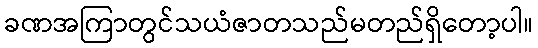
ခဏအကြာတွင်သယံဇာတသည်မတည်ရှိတော့ပါ။